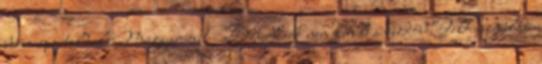
boon-sportoldal Magyar-észt – Dzsudzsák nem került a kezdőbe Felhasználási